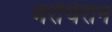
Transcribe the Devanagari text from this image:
मरचिरान